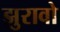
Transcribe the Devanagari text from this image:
झुरावो